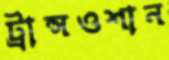
ট্রান্সওশান